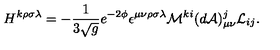
H ^ { k \rho \sigma \lambda } = - { \frac { 1 } { 3 \sqrt g } } e ^ { - 2 \phi } \epsilon ^ { \mu \nu \rho \sigma \lambda } { \cal M } ^ { k i } ( d { \cal A } ) _ { \mu \nu } ^ { j } { \cal L } _ { i j } .